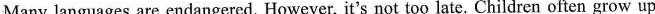
Many languages are endangered. However, it's not too late. Children often grow up